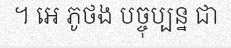
។ អេ ភូថង បច្ចុប្បន្ន ជា